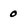
Character: 0